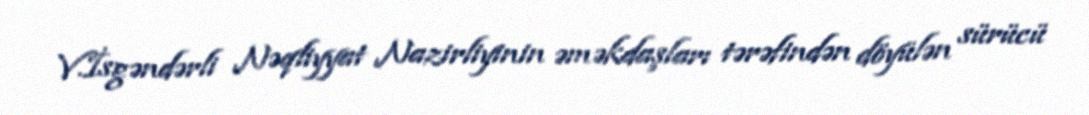
V.İsgəndərli Nəqliyyat Nazirliyinin əməkdaşları tərəfindən döyülən sürücü